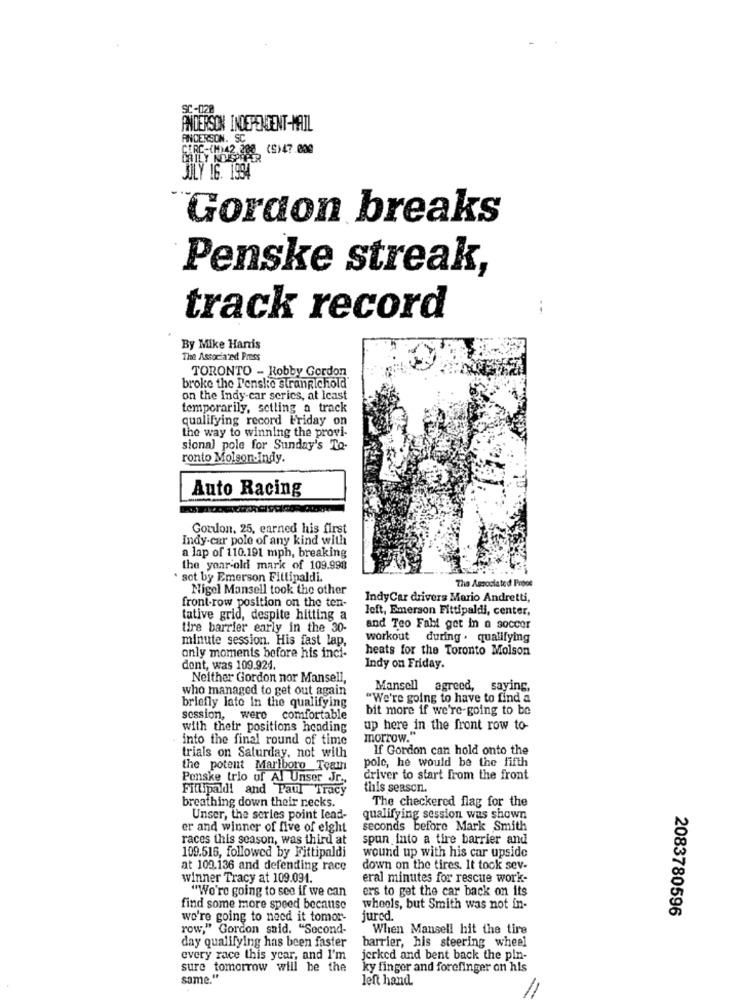
SC-028
ANDERSON INDEPENDENT-MAIL
ANDERSON. SC
CIRC-(M)42.200 (S)47.000
MILY NISO
JULY 16. 1994
Gordon breaks
Penske streak,
track record
By Mike Harris
The Associated Press
TORONTO - Robby Gordon
broke the J'ensle stranpichold'
on the Indy-car series, at least
temporarily, setting a track
qualifying record Friday on
the way to winning the provi-
sional pole for Sunday's To-
ronto Molson-Indy.
Auto Racing
Gordon, 25, earned his first
Indy car pole of any kind with
a lap of 110.191 mph, breaking
the year-old mark of 109.998
. sct by Emerson Fittipaldi.
Nigel Mansell took the other
The Associated Proos
front-row position on the ten-
IndyCar drivers Mario Andretti,
left, Emerson Fittipaldi, center,
tative grid, despite hitting a
tire barrier early in the 30-
and Teo Fabl get In a soccer
minute session. His fast lap,
workout during . qualifying
heats for the Toronto Molson
only moments before his inci-
dont, was 109.924.
Indy on Friday.
Neither Gordon nor Mansell,
who managed to get out again
Mansell
agreed, saying,
briefly lato In the qualifying
"We're going to have to find a
bit more if we're-going to be
session, were comfortable
with their positions heading
up here in the front row to-
into the final round of time
morrow.
If Gordon can hold onto the
trials on Saturday, not with
pole, he would be the fifth
the potent Marlboro Team
Penske trio of Al Unser Jr .,
driver to start from the front
Fittipaldi and Paul Tracy
this season.
breathing down their necks.
The checkered flag for the
Unser, the series point lead-
qualifying session was shown
er and winner of five of eight
seconds before Mark Smith
races this season, was third at
spun into a tire barrier and
109.516, followed by Fittipaldi
wound up with his car upside
at 102.136 and defending race
down on the tires. It took sev-
winner Tracy at 109.091.
eral minutes for rescue work-
"We're going to see if we can
ers to get the car back on its
find some more speed because
wheels, but Smith was not in-
2083780596
we're going to need it tomor-
jured.
row," Gordon said. "Second-
When Mansell hit the tire
day qualifying has been faster
barrier, his steering wheel
every race this year, and I'm
jerked and bent back the pin-
sure tomorrow will be the
ky finger and forefinger on his
same."
left hand